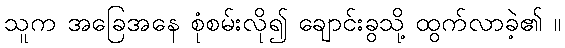
သူက အခြေအနေ စုံစမ်းလို၍ ချောင်းခွသို့ ထွက်လာခဲ့၏ ။